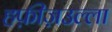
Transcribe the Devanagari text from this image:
हफ़ीज़उल्ला